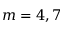
m = 4 , 7